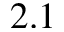
2 . 1